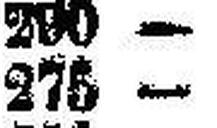
275 —